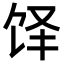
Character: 𬲳